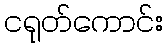
ငရုတ်ကောင်း